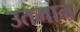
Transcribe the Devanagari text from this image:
उतमान